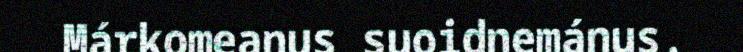
Márkomeanus suoidnemánus.